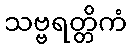
သဗ္ဗရတ္တိကံ